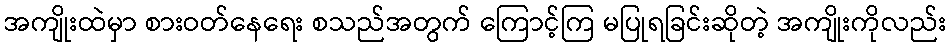
အကျိုးထဲမှာ စားဝတ်နေရေး စသည်အတွက် ကြောင့်ကြ မပြုရခြင်းဆိုတဲ့ အကျိုးကိုလည်း